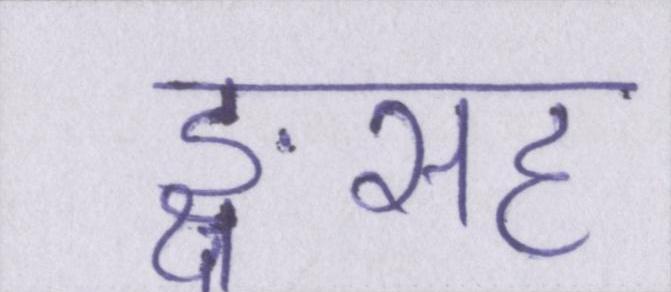
ङ्क्षसह